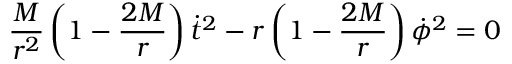
{ \frac { M } { r ^ { 2 } } } \left( 1 - { \frac { 2 M } { r } } \right) { \dot { t } } ^ { 2 } - r \left( 1 - { \frac { 2 M } { r } } \right) { \dot { \phi } } ^ { 2 } = 0